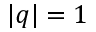
| q | = 1